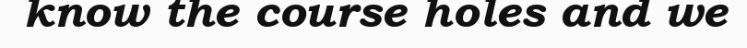
know the course holes and we